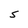
Character: S